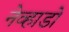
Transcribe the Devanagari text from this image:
नेव्हाडो